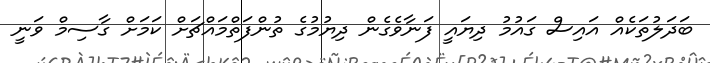
ބަދަލުތަކެއް އައިސް ގައުމު ދިޔައީ ފަނާވެގެން ދިޔުމުގެ ތުންފަތްމައްޗަށް ކަމަށް ގާސިމް ވަނީ